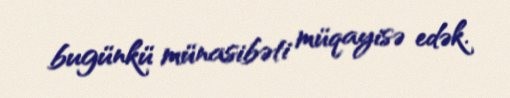
bugünkü münasibəti müqayisə edək.